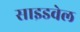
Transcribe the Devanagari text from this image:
साइडवेल